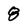
Character: 8